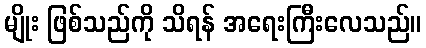
မျိုး ဖြစ်သည်ကို သိရန် အရေးကြီးလေသည်။